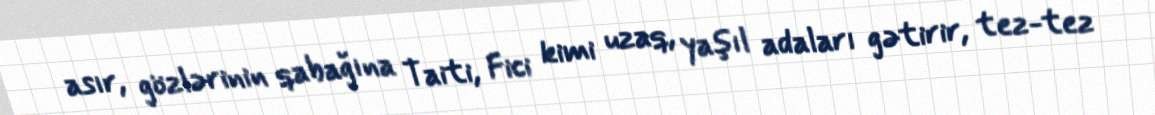
asır, gözlərinin qabağına Taiti, Fici kimi uzaq, yaşıl adaları gətirir, tez-tez